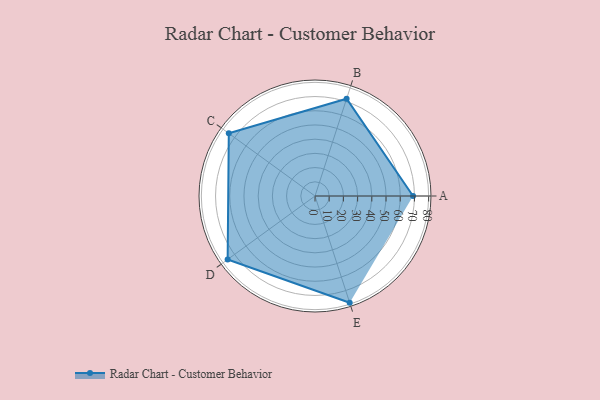
{"axis": {"x": "Skill", "y": "Score"}, "legend": ["Profile"], "data": [{"x": "A", "y": 69.0, "type": "Profile"}, {"x": "B", "y": 72.0, "type": "Profile"}, {"x": "C", "y": 75.0, "type": "Profile"}, {"x": "D", "y": 76.0, "type": "Profile"}, {"x": "E", "y": 79.0, "type": "Profile"}]}